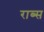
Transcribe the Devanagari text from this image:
राब्स